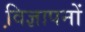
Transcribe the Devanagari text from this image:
वि़ज्ञापनों